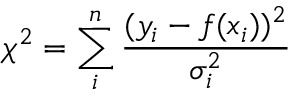
\chi ^ { 2 } = \sum _ { i } ^ { n } \frac { ( y _ { i } - f ( x _ { i } ) ) ^ { 2 } } { \sigma _ { i } ^ { 2 } }